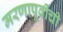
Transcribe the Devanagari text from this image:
मरणापूर्वीची